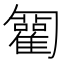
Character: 𠤍